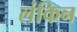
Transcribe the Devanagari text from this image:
लंकिन